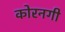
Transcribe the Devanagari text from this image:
कोरनगी